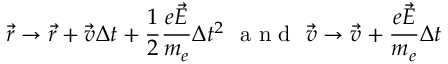
\vec { r } \rightarrow \vec { r } + \vec { v } \Delta t + \frac { 1 } { 2 } \frac { e \vec { E } } { m _ { e } } \Delta t ^ { 2 } \, \, \textup { a n d } \, \, \vec { v } \rightarrow \vec { v } + \frac { e \vec { E } } { m _ { e } } \Delta t